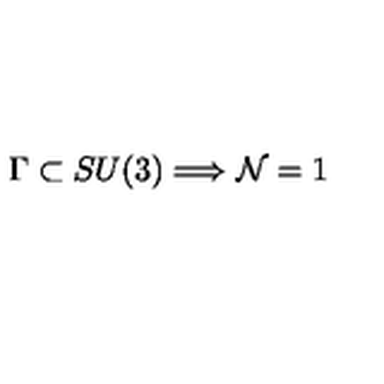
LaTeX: \Gamma \subset S U ( 3 ) \Longrightarrow { \cal N } = 1